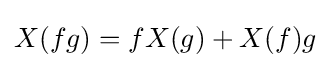
X(fg)=fX(g)+X(f)g